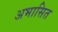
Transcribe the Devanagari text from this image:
अभासित